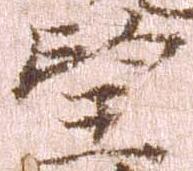
望